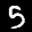
Label: 5